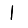
Digit: 1